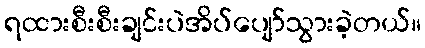
ရထားစီးစီးချင်းပဲအိပ်ပျော်သွားခဲ့တယ်။